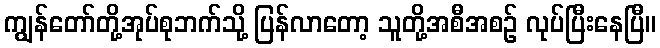
ကျွန်တော်တို့အုပ်စုဘက်သို့ ပြန်လာတော့ သူတို့အစီအစဉ် လုပ်ပြီးနေပြီ။